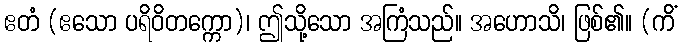
ဧတံ (ဧသော ပရိဝိတက္ကော)၊ ဤသို့သော အကြံသည်။ အဟောသိ၊ ဖြစ်၏။ (ကိံ